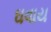
ઘવાય